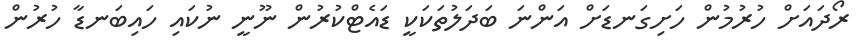
ރޯދައަށް ހުރުމުން ހަށިގަނޑަށް އަންނަ ބަދަލުތަކަކީ ޑައެޓްކުރުން ނޫނީ ނުކައި ހައިބަނޑާ ހުރުން